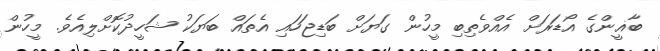
ބާޣީންގެ އޯޑަރަށް އެއްވެތިބި މީހުން ގަޔަށް ބަޑިޖަހައި އެތައް ބަޔަކު ޝަހީދުކޮށްލިއެވެ. މީހުން